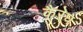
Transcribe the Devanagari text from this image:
कैरेघ